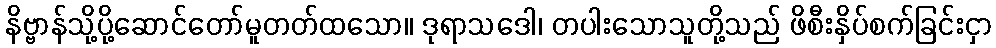
နိဗ္ဗာန်သို့ပို့ဆောင်တော်မူတတ်ထသော။ ဒုရာသဒေါ၊ တပါးသောသူတို့သည် ဖိစီးနှိပ်စက်ခြင်းငှာ